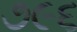
૭૯૬